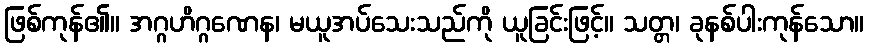
ဖြစ်ကုန်၏။ အဂ္ဂဟိဂ္ဂဏေန၊ မယူအပ်သေးသည်ကို ယူခြင်းဖြင့်။ သတ္တ၊ ခုနစ်ပါးကုန်သော။